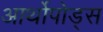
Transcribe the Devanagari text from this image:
आर्थोपोड्स